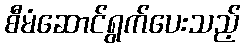
စီမံဆောင်ရွက်ပေးသည့်